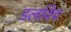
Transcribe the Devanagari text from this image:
डलविच